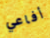
أفاعي